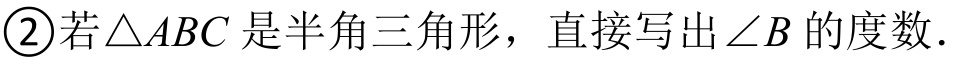
\textcircled{2}若$\triangle ABC$是半角三角形，直接写出$\angle B$的度数.